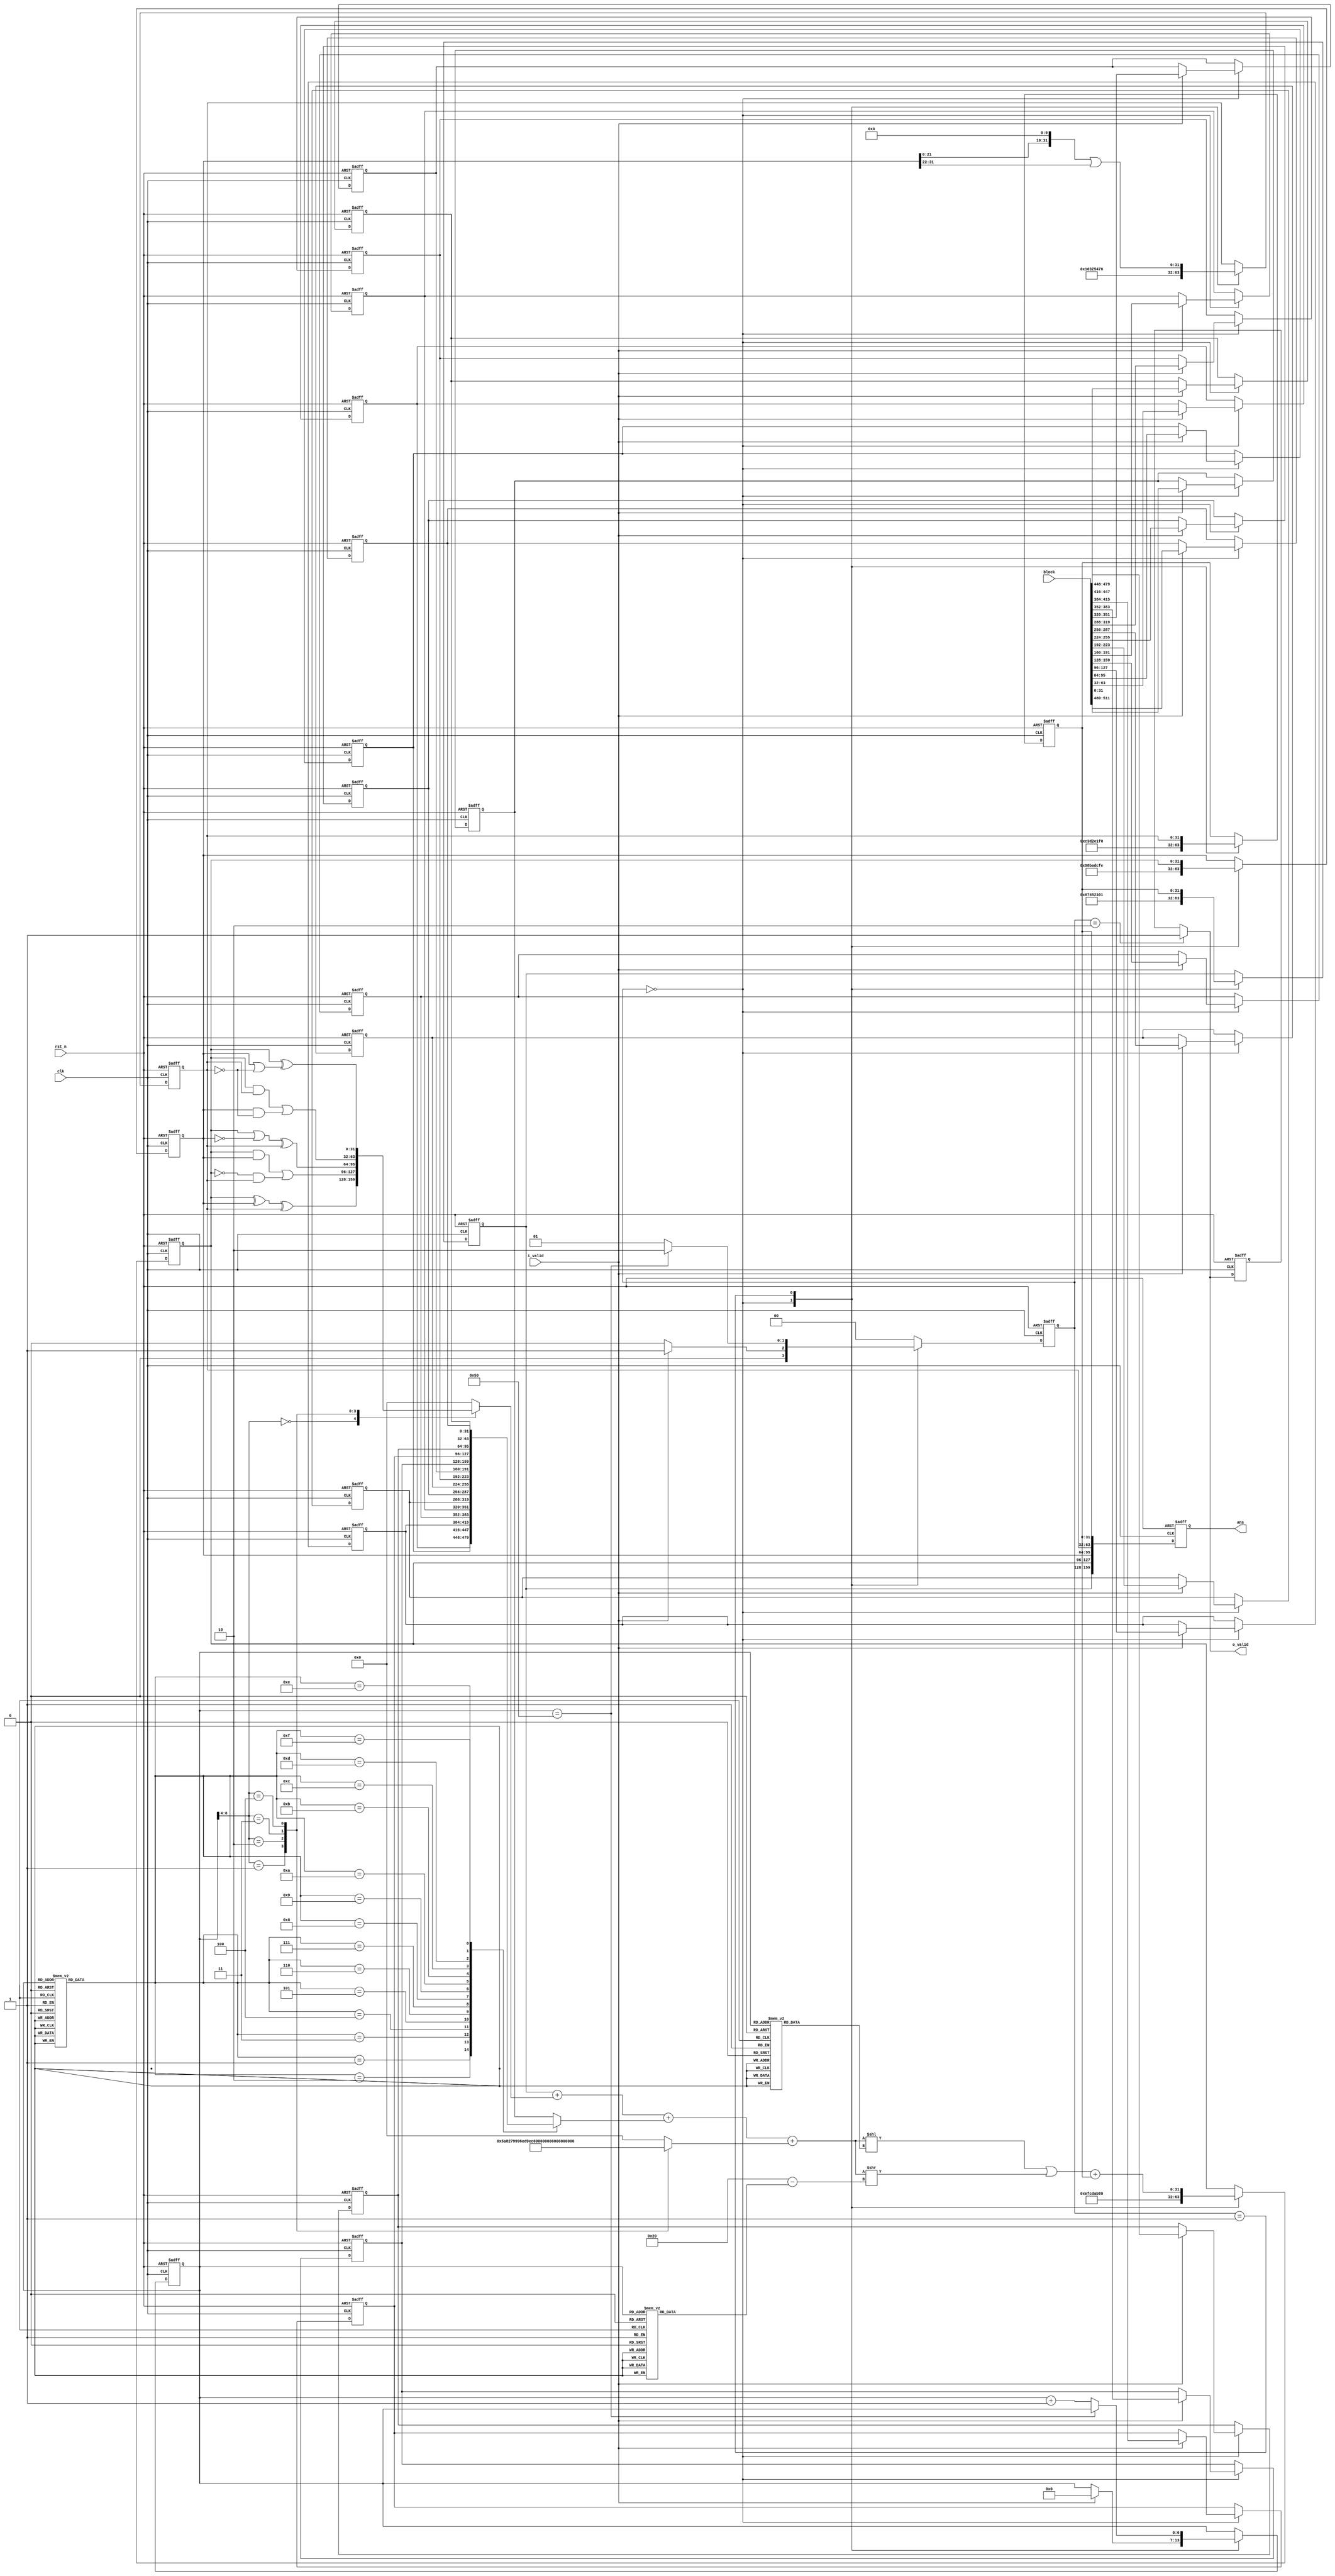
//======================================================================
// RIPEMD160_stage_1.v
// -------------
// Verilog 2022 implementation of the RIPEMD-160 hash function.
//======================================================================
`timescale 1ns/10ps

module RIPEMD160_stage_1_core(
                   input wire            clk,
                   input wire            rst_n,
                   input wire            i_valid,
                   input wire [511 : 0]  block,

                   output wire           o_valid,
                   output wire [159 : 0] ans
                  );


  //----------------------------------------------------------------
  // Internal constant and parameter definitions.
  //----------------------------------------------------------------

  localparam RIPEMD160_H0_0 = 32'h67452301;
  localparam RIPEMD160_H0_1 = 32'hefcdab89;
  localparam RIPEMD160_H0_2 = 32'h98badcfe;
  localparam RIPEMD160_H0_3 = 32'h10325476;
  localparam RIPEMD160_H0_4 = 32'hc3d2e1f0;

  localparam RIPEMD160_ROUNDS = 80;

  localparam CTRL_IDLE   = 0;
  localparam CTRL_ROUNDS = 1;
  localparam CTRL_DONE   = 2;


  //----------------------------------------------------------------
  // Registers including update variables and write enable.
  //----------------------------------------------------------------
  reg [31 : 0] a_reg;
  reg [31 : 0] a_new;
  reg [31 : 0] b_reg;
  reg [31 : 0] b_new;
  reg [31 : 0] c_reg;
  reg [31 : 0] c_new;
  reg [31 : 0] d_reg;
  reg [31 : 0] d_new;
  reg [31 : 0] e_reg;
  reg [31 : 0] e_new;

  reg [ 6 : 0] t_ctr_r;
  reg [ 6 : 0] t_ctr_w;
  wire [2:0] round;

  reg [ 1 : 0] state_r;
  reg [ 1 : 0] state_w;

  reg [31:0] w_data   [0:15];
  reg [31:0] w_data_w [0:15];

  wire [3:0]  s [0:79];
  wire [3:0]  r [0:79];
  wire [31:0] k [0:4];

  reg o_valid_r, o_valid_w;
  reg [159 : 0] ans_reg;

  assign {s[0],s[1],s[2],s[3],s[4],s[5],s[6],s[7],s[8],s[9],s[10],s[11],s[12],s[13],s[14],s[15]} = 
  {4'd11,4'd14,4'd15,4'd12,4'd5,4'd8,4'd7,4'd9,4'd11,4'd13,4'd14,4'd15,4'd6,4'd7,4'd9,4'd8};
  assign {s[16],s[17],s[18],s[19],s[20],s[21],s[22],s[23],s[24],s[25],s[26],s[27],s[28],s[29],s[30],s[31]} = 
  {4'd7,4'd6,4'd8,4'd13,4'd11,4'd9,4'd7,4'd15,4'd7,4'd12,4'd15,4'd9,4'd11,4'd7,4'd13,4'd12};
  assign {s[32],s[33],s[34],s[35],s[36],s[37],s[38],s[39],s[40],s[41],s[42],s[43],s[44],s[45],s[46],s[47]} = 
  {4'd11,4'd13,4'd6,4'd7,4'd14,4'd9,4'd13,4'd15,4'd14,4'd8,4'd13,4'd6,4'd5,4'd12,4'd7,4'd5};
  assign {s[48],s[49],s[50],s[51],s[52],s[53],s[54],s[55],s[56],s[57],s[58],s[59],s[60],s[61],s[62],s[63]} = 
  {4'd11,4'd12,4'd14,4'd15,4'd14,4'd15,4'd9,4'd8,4'd9,4'd14,4'd5,4'd6,4'd8,4'd6,4'd5,4'd12};
  assign {s[64],s[65],s[66],s[67],s[68],s[69],s[70],s[71],s[72],s[73],s[74],s[75],s[76],s[77],s[78],s[79]} = 
  {4'd9,4'd15,4'd5,4'd11,4'd6,4'd8,4'd13,4'd12,4'd5,4'd12,4'd13,4'd14,4'd11,4'd8,4'd5,4'd6};

  assign {r[0],r[1],r[2],r[3],r[4],r[5],r[6],r[7],r[8],r[9],r[10],r[11],r[12],r[13],r[14],r[15]} = 
  {4'd0,4'd1,4'd2,4'd3,4'd4,4'd5,4'd6,4'd7,4'd8,4'd9,4'd10,4'd11,4'd12,4'd13,4'd14,4'd15};
  assign {r[16],r[17],r[18],r[19],r[20],r[21],r[22],r[23],r[24],r[25],r[26],r[27],r[28],r[29],r[30],r[31]} = 
  {4'd7,4'd4,4'd13,4'd1,4'd10,4'd6,4'd15,4'd3,4'd12,4'd0,4'd9,4'd5,4'd2,4'd14,4'd11,4'd8};
  assign {r[32],r[33],r[34],r[35],r[36],r[37],r[38],r[39],r[40],r[41],r[42],r[43],r[44],r[45],r[46],r[47]} = 
  {4'd3,4'd10,4'd14,4'd4,4'd9,4'd15,4'd8,4'd1,4'd2,4'd7,4'd0,4'd6,4'd13,4'd11,4'd5,4'd12};
  assign {r[48],r[49],r[50],r[51],r[52],r[53],r[54],r[55],r[56],r[57],r[58],r[59],r[60],r[61],r[62],r[63]} = 
  {4'd1,4'd9,4'd11,4'd10,4'd0,4'd8,4'd12,4'd4,4'd13,4'd3,4'd7,4'd15,4'd14,4'd5,4'd6,4'd2};
  assign {r[64],r[65],r[66],r[67],r[68],r[69],r[70],r[71],r[72],r[73],r[74],r[75],r[76],r[77],r[78],r[79]} = 
  {4'd4,4'd0,4'd5,4'd9,4'd7,4'd12,4'd2,4'd10,4'd14,4'd1,4'd3,4'd8,4'd11,4'd6,4'd15,4'd13};

  assign k[0] = 32'h00000000;
  assign k[1] = 32'h5A827999; 
  assign k[2] = 32'h6ED9EBA1;
  assign k[3] = 32'h8F1BBCDC;
  assign k[4] = 32'hA953FD4E;

  assign round = t_ctr_r>>4;
  //----------------------------------------------------------------
  // Wires.
  //----------------------------------------------------------------
  reg [31 : 0] f;
  reg [31 : 0] roll;
  reg [31 : 0] roll_s;
  reg [5  : 0] rot;

  //----------------------------------------------------------------
  // Concurrent connectivity for ports etc.
  //----------------------------------------------------------------

  assign ans = ans_reg;

  always @(posedge clk or negedge rst_n) begin
    if(!rst_n) begin
      ans_reg <= 160'b0;
    end else begin
      ans_reg <= {a_reg, b_reg, c_reg, d_reg, e_reg};      
    end
  end

  assign o_valid = o_valid_w;

  //----------------------------------------------------------------
  // state_logic
  //
  // *** update A B C D E
  // The logic needed to init as well as update the state during
  // round processing.
  //----------------------------------------------------------------
  always @(*) begin
    f = f;
    roll = roll;
    rot = rot;
    roll_s = roll_s; 

    case (state_r)
        CTRL_IDLE: begin
            a_new  = RIPEMD160_H0_0;
            b_new  = RIPEMD160_H0_1;
            c_new  = RIPEMD160_H0_2;
            d_new  = RIPEMD160_H0_3;
            e_new  = RIPEMD160_H0_4;
        end
        CTRL_ROUNDS: begin
            //$display("round = ", t_ctr_r);
            case (round)
                3'd0:begin
                    f = b_reg ^ c_reg ^ d_reg;
                end
                3'd1:begin
                    f = (b_reg & c_reg) | (~b_reg & d_reg);
                end
                3'd2:begin
                    f = (b_reg | ~c_reg) ^ d_reg;
                end
                3'd3:begin
                    f = (b_reg & d_reg) | (c_reg & ~d_reg);
                end
                3'd4:begin
                    f = b_reg ^ (c_reg | ~d_reg);
                end
                default:f = 0;
            endcase
            //$display("f = %h", f);
            roll = a_reg + f + w_data[r[t_ctr_r]] + k[round];
            //$display("roll = %h, w_data = %h, a_reg = %h", roll[31:0], w_data[t_ctr_r], a_reg);
            rot = (6'd32 - s[t_ctr_r]);
            roll_s = { roll[31 : 0] << s[t_ctr_r] | roll[31 : 0] >> (rot)};
            // $display("roll_s = %h", roll_s);
            a_new  = e_reg;
            b_new  = roll_s + e_reg;
            c_new  = b_reg;
            d_new  = {c_reg<<10 | c_reg>>22};
            e_new  = d_reg;
            //$display("a = %h, b = %h, c = %h, d=%h, e=%h", a_new, b_new, c_new, d_new, e_new);
        end
        default: begin
          a_new  = a_reg;
          b_new  = b_reg;
          c_new  = c_reg;
          d_new  = d_reg; 
          e_new  = e_reg;
        end
    endcase
  end
  //----------------------------------------------------------------
  // RIPEMD160_ctrl_fsm
  //
  // Logic for the state machine controlling the core behaviour.
  //----------------------------------------------------------------
  always @(*) begin
      state_w  = CTRL_IDLE;
      o_valid_w = o_valid_r;
      t_ctr_w = t_ctr_r;

      w_data_w[0] = w_data[0];
      w_data_w[1] = w_data[1];
      w_data_w[2] = w_data[2];
      w_data_w[3] = w_data[3];
      w_data_w[4] = w_data[4];
      w_data_w[5] = w_data[5];
      w_data_w[6] = w_data[6];
      w_data_w[7] = w_data[7];
      w_data_w[8] = w_data[8];
      w_data_w[9] = w_data[9];
      w_data_w[10] = w_data[10];
      w_data_w[11] = w_data[11];
      w_data_w[12] = w_data[12];
      w_data_w[13] = w_data[13];
      w_data_w[14] = w_data[14];
      w_data_w[15] = w_data[15];

      case (state_r)
        CTRL_IDLE: 
          begin
            //$display("1");
            if (i_valid) begin
                t_ctr_w = 6'b0;
                state_w  = CTRL_ROUNDS;
                w_data_w[0] = block[32*1-1:0];
                w_data_w[1] = block[32*2-1:32*1];
                w_data_w[2] = block[32*3-1:32*2];
                w_data_w[3] = block[32*4-1:32*3];
                w_data_w[4] = block[32*5-1:32*4];
                w_data_w[5] = block[32*6-1:32*5];
                w_data_w[6] = block[32*7-1:32*6];
                w_data_w[7] = block[32*8-1:32*7];
                w_data_w[8] = block[32*9-1:32*8];
                w_data_w[9] = block[32*10-1:32*9];
                w_data_w[10] = block[32*11-1:32*10];
                w_data_w[11] = block[32*12-1:32*11];
                w_data_w[12] = block[32*13-1:32*12];
                w_data_w[13] = block[32*14-1:32*13];
                w_data_w[14] = block[32*15-1:32*14];
                w_data_w[15] = block[32*16-1:32*15];
                // $display("w_data = %h", w_data);
                // $display("H0 : %h, H1 : %h, H2 : %h, H3 : %h, H4 : %h",H0_reg, H1_reg, H2_reg, H3_reg, H4_reg);
            end
          end

        CTRL_ROUNDS:
          begin
            //$display("2");
            if (t_ctr_r == RIPEMD160_ROUNDS) begin
                state_w = CTRL_DONE;
            end
            else begin
                t_ctr_w = t_ctr_r + 6'b1;
                state_w = CTRL_ROUNDS;
            end
          end

        CTRL_DONE:
          begin
            state_w  = CTRL_IDLE;
            o_valid_w   = 1;
          end
      endcase
    end // RIPEMD160_ctrl_fsm

  //----------------------------------------------------------------
  // reg_update
  // Update functionality for all registers in the core.
  // All registers are positive edge triggered with asynchronous
  // active low reset. All registers have write enable.
  //----------------------------------------------------------------
  always @(posedge clk or negedge rst_n) begin
      if (!rst_n) begin
          a_reg  <= 32'h0;
          b_reg  <= 32'h0;
          c_reg  <= 32'h0;
          d_reg  <= 32'h0;
          e_reg  <= 32'h0;
          t_ctr_r   <= 7'h0;
          state_r   <= CTRL_IDLE;
          o_valid_r <= 1'b0;
          w_data[0] <= 0;
          w_data[1] <= 0;
          w_data[2] <= 0;
          w_data[3] <= 0;
          w_data[4] <= 0;
          w_data[5] <= 0;
          w_data[6] <= 0;
          w_data[7] <= 0;
          w_data[8] <= 0;
          w_data[9] <= 0;
          w_data[10] <= 0;
          w_data[11] <= 0;
          w_data[12] <= 0;
          w_data[13] <= 0;
          w_data[14] <= 0;
          w_data[15] <= 0;
      end
      else begin
          a_reg  <= a_new;
          b_reg  <= b_new;
          c_reg  <= c_new;
          d_reg  <= d_new;
          e_reg  <= e_new;
          t_ctr_r   <= t_ctr_w;
          state_r   <= state_w;
          o_valid_r <= o_valid_w;
          w_data[0] <= w_data_w[0];
          w_data[1] <= w_data_w[1];
          w_data[2] <= w_data_w[2];
          w_data[3] <= w_data_w[3];
          w_data[4] <= w_data_w[4];
          w_data[5] <= w_data_w[5];
          w_data[6] <= w_data_w[6];
          w_data[7] <= w_data_w[7];
          w_data[8] <= w_data_w[8];
          w_data[9] <= w_data_w[9];
          w_data[10] <= w_data_w[10];
          w_data[11] <= w_data_w[11];
          w_data[12] <= w_data_w[12];
          w_data[13] <= w_data_w[13];
          w_data[14] <= w_data_w[14];
          w_data[15] <= w_data_w[15];
    end // reg_update
  end
endmodule // RIPEMD160_core